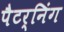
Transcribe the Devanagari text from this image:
पैटर्निंग